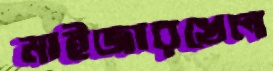
মাইজারখেল